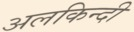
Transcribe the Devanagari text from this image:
अलकिन्दी